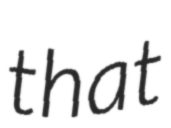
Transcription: that